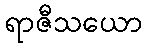
ရာဇီသယော